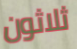
ثلاثون